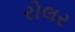
રોલર